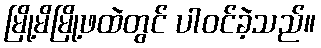
မြို့မိမြို့ဖထဲတွင် ပါဝင်ခဲ့သည်။